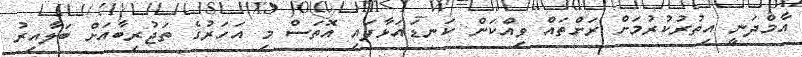
އާމްދަނީ އިތުރުކުރުމަށް ރަށްތައް ވިއްކަން ކަނޑައަޅާފައި އޮތަސް މި އަހަރުގެ ތަޖުރިބާއަށް ބަލާއިރު